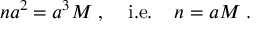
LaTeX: n a ^ { 2 } = a ^ { 3 } M \; , \; \; \; \; \mathrm { i . e . } \; \; \; \; n = a M \; .